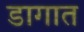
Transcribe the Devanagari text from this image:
डागात